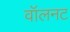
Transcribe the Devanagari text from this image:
वॉलनट